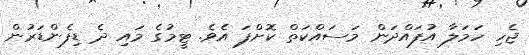
ޖެހި ހަމަލާ އުފައްދަން މަސައްކަތް ކޮށްފަ އެވެ. ޓީމުގެ މައި ދެ ޑިފެންޑަރުން